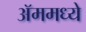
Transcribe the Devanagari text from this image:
ॲममध्ये